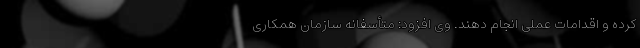
کرده و اقدامات عملی انجام دهند. وی افزود: متأسفانه سازمان همکاری